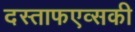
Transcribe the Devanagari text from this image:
दस्ताफएव्सकी